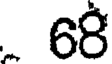
. 68